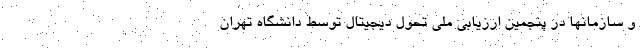
و سازمانها در پنجمین ارزیابی ملی تحول دیجیتال توسط دانشگاه تهران